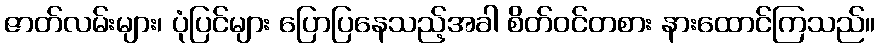
ဇာတ်လမ်းများ၊ ပုံပြင်များ ပြောပြနေသည့်အခါ စိတ်ဝင်တစား နားထောင်ကြသည်။